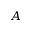
A